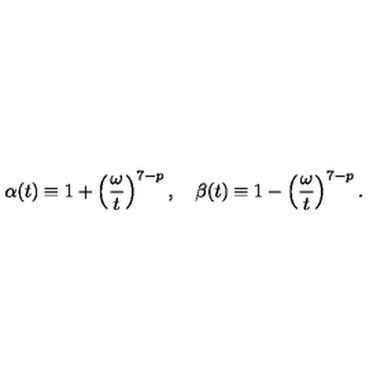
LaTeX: \alpha ( t ) \equiv 1 + \left( { \frac { \omega } { t } } \right) ^ { 7 - p } , \quad \beta ( t ) \equiv 1 - \left( { \frac { \omega } { t } } \right) ^ { 7 - p } .